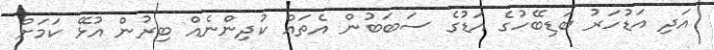
އަދި އަޑުހަރު ބަޑިބޭހުގެ އަޑުގެ ސަބަބުން އެތައް ކުދިންނެއް ބިރުން އުޅޭ ކަމަށް